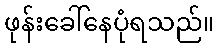
ဖုန်းခေါ်နေပုံရသည်။